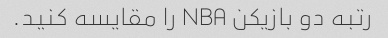
رتبه دو بازیکن NBA را مقایسه کنید.